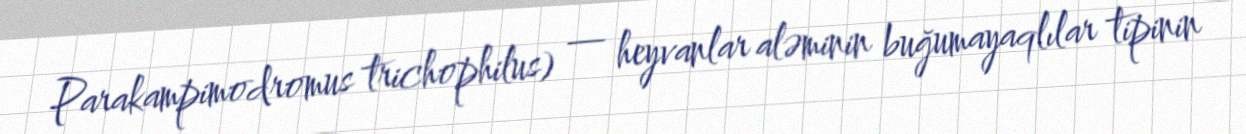
Parakampimodromus trichophilus) — heyvanlar aləminin buğumayaqlılar tipinin